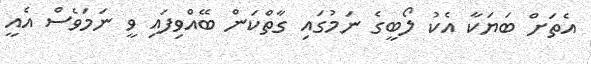
އެތަށް ބަޔަކާ އެކު ލޯބީގެ ނަމުގައި ގާތްކަން ބޭއްވިފައި ވީ ނަމަވެސް އެއީ